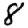
Digit: 8